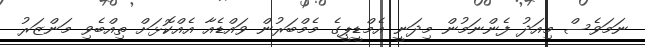
ނަމަވެސް މިއަދު ފެންނަމުން މިދަނީ އެމްޑީޕީގެ މެމްބަރުން ވައްޑެއާ އެއްކޮޅަށް ތިއްބެވި މަންޒަރު